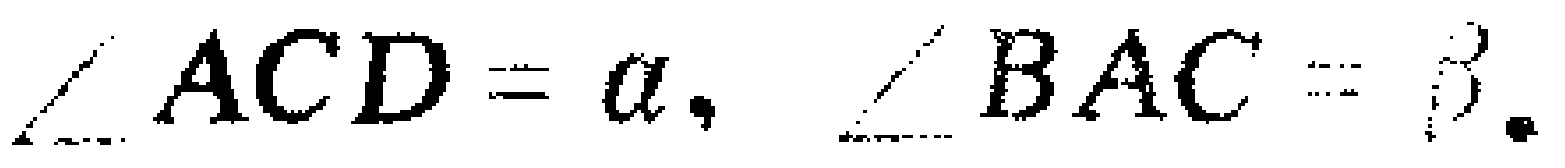
$\angle ACD = a,\ \angle BAC=\beta.$